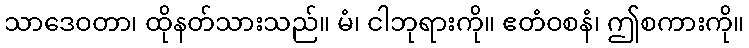
သာဒေဝတာ၊ ထိုနတ်သားသည်။ မံ၊ ငါဘုရားကို။ ဧတံဝစနံ၊ ဤစကားကို။